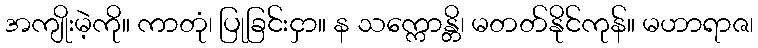
အကျိုးမဲ့ကို။ ကာတုံ၊ ပြုခြင်းငှာ။ န သက္ကောန္တိ၊ မတတ်နိုင်ကုန်။ မဟာရာဇ၊